Annual report of the Madras Medical College
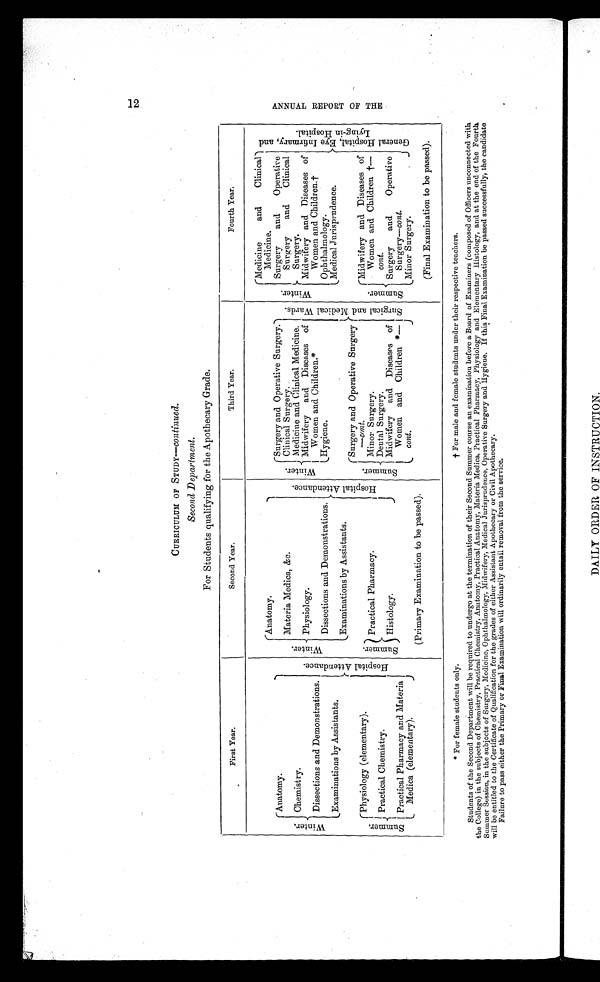
12
ANNUAL REPORT OF THE
CURRICULUM OF STUDY—continued.
Second Department.
For Students qualifying for the Apothecary Grade.
First Year.
Second Year.
Third Year.
Fourth Year.
W i n t e r .
Anatomy.
H o s p i t a l A t t e n d a n c e .
W i n t e r .
Anatomy.
H o s p i t a l A t t e n d a n c e .
W i n t e r .
Surgery and Operative Surgery.
S u r g i c a l a n d M e d i c a l W a r d s . W i n t e r .
Medicine and Clinical
Medicine.
G e n e r a l H o s p i t a l , E y e I n f i r m a r y , a n d L y i n g - i n H o s p i t a l .
Surgery and Operative
Surgery
and Clinical
Surgery.
Materia Medica, &amp;c.
Clinical Surgery.
Chemistry.
Medicine and Clinical Medicine.
Physiology.
Midwifery and Diseases of
Women and. C h i l d r e n . *
Midwifery and Diseases of
Women and Children.†
Dissections and Demonstrations.
Di ssect i ons and Demonst r at i ons.
Hygiene.
Ophthalmology.
Examinations by Assistants.
Examinations by Assistants.
Medical Jurisprudence.
S u m m e r .
Surgery and Operative Surgery
—cont.
S u m m e r .
Midwifery and Diseases of
Women and Children † —
cont.
S u m m e r .
Physiology (elementary).
S u m m m e r .
Practical Pharmacy.
Minor S u r g e r y .
Practical Chemistry.
D e n t a l S u r g e r y .
Histology.
Surgery
and
Operative
Surgery—cont.
Midwifery and. Diseases of
Women and Children *—
cont.
Practical Pharmacy and Materia
Medica (elementary).
Minor Surgery.
(Primary Examination to be passed).
(Final Examination to be passed).
* F o r f e m a l e s t u d e n t s o n l y .
† For male and female students under their respective teachers.
Students of the Second Department will be required to undergo at the termination of their Second Summer course an examination before a Board of Examiners (composed of Officers unconnected with
the College) in the subjects of Chemistry, Practical Chemistry, Anatomy, Practical Anatomy, Materia Medica, Practical Pharmacy, Physiology and Elementary Histology, and at the end of the Fourth
Summer Session, in the subjects of Surgery, Medicine, Ophthalmology, Midwifery, Medical Jurisprudence, Operative Surgery and Hygiene. If this Final Examination be passed successfully, the candidate
will be entitled to the Certificate of Qualification for the grades of either Assistant Apothecary or Civil Apothecary.
Failure to pass either the Primary or Final Examination will ordinarily entail removal from the service.